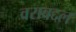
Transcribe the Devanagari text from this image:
वराबद्दल